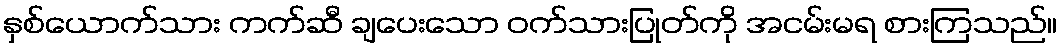
နှစ်ယောက်သား ကက်ဆီ ချပေးသော ဝက်သားပြုတ်ကို အငမ်းမရ စားကြသည်။